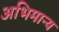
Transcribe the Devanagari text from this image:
अभिमान्य